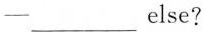
一___else?